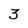
Character: 3